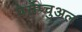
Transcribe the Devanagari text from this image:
पेर्सेप्चुअल